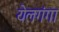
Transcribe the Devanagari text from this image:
येलगंगा